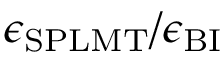
\epsilon _ { \mathrm { S P L M T } } / \epsilon _ { \mathrm { B I } }